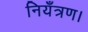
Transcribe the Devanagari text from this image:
नियँत्रण।